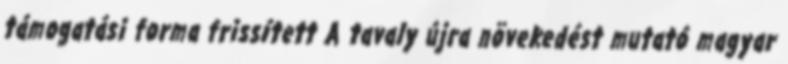
támogatási forma frissített A tavaly újra növekedést mutató magyar